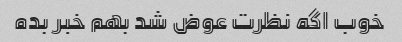
خوب اگه نظرت عوض شد بهم خبر بده